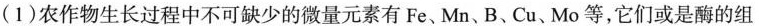
(1)农作物生长过程中不可缺少的微量元素有Fe、Mn、B、Cu、Mo等，它们或是酶的组